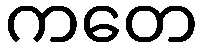
ကတေ